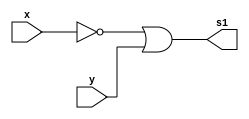
/**
 * @file Guia_0502.v
 * @author 784778 - Wallace Freitas Oliveira (https://github.com/Olivwallace)
 * @brief Guia 05 Exercicio 02 - Arquitetura de Computadores I (PUC-Minas 1/2023)
 * @date 04-03-2023
 */

`timescale 1ps/1ps

module G0502_Exp(output s1, input x, y);
    assign s1 = (~x | y);
endmodule

module G0502_NAND(output s1, input x, y);
    wire nand_y;
    nand NAND_B(nand_y, y, y); 
    nand NAND_AB(s1, x, nand_y);
endmodule

module Guia_0502;
    
    // ------------------------- Dados
    reg x, y;
    wire a, b;
    G0502_Exp S1(a, x, y);
    G0502_NAND S2(b, x, y);

    // ------------------------- Incializacao
    initial begin;
        x = 1'b0; y = 1'b0;
    end
    
    // ------------------------- Principal
    initial
        begin : main
        $display("Guia_0502 - Teste");
        $display("\nS1 = (~x | y) | s2 = nand(x,nand(y,y))\n");

        // projetar testes do modulo
        $display("|  x  y  | S1 | S2 |");
        $monitor("| %2b %2b  | %2b | %2b |", x, y, a, b);
        
        #1 x=0; y=0; //0
        #1 x=0; y=1; //1
        #1 x=1; y=0; //2
        #1 x=1; y=1; //3
    end
endmodule